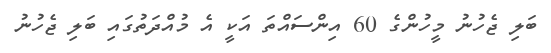
ބަލި ޖެހުނު މީހުންގެ 60 އިންސައްތަ އަކީ އެ މުއްދަތުގަައި ބަލި ޖެހުނު